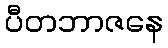
ပီတဘာဇနေ